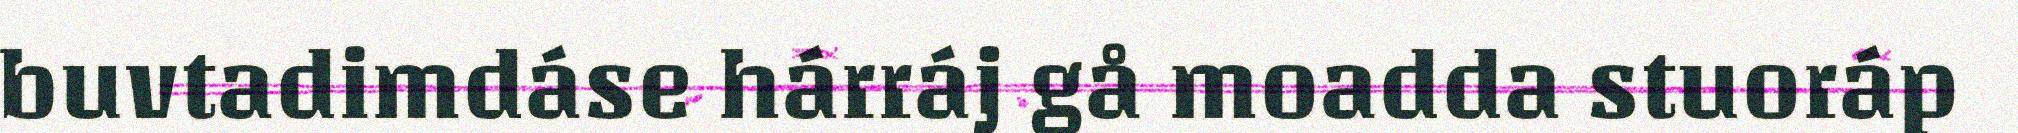
buvtadimdáse hárráj gå moadda stuoráp